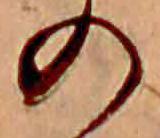
の